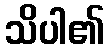
သိပါ၏